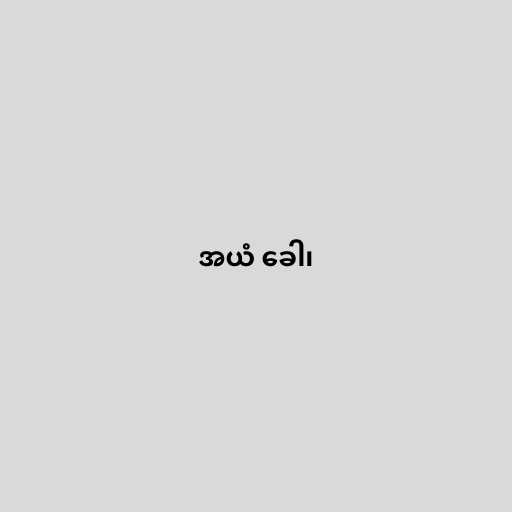
အယံ ခေါ၊